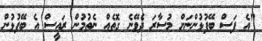
"އެ ފަސް ބޭފުޅުންނަށް މުސާރަ ދެވޭނެ ގޮތެއް ނެތުމުން ރައީސް އެ ބޭފުޅުން